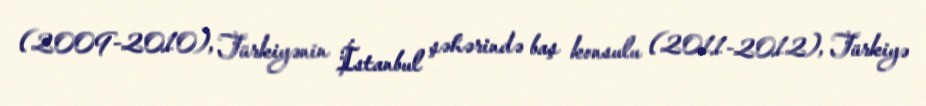
(2009-2010), Türkiyənin İstanbul şəhərində baş konsulu (2011-2012), Türkiyə